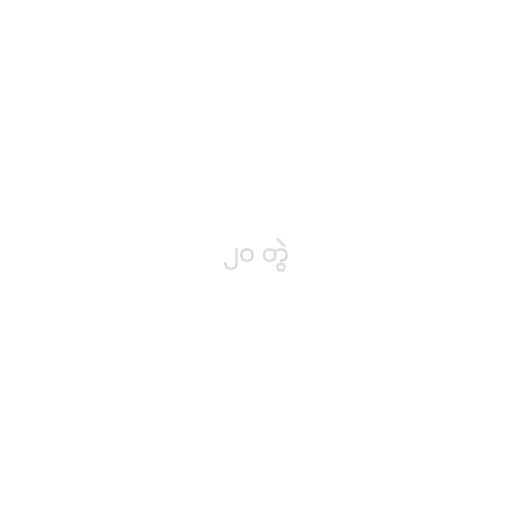
၂၀ တွဲ